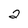
Character: 2